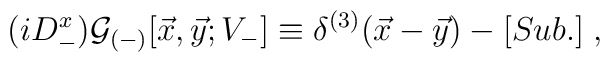
(i D_-^x) {\cal G}_{(-)}[{\vec x},{\vec y}; V_-] \equiv\delta^{(3)}({\vec x} - {\vec y}) - [Sub.]  \;,